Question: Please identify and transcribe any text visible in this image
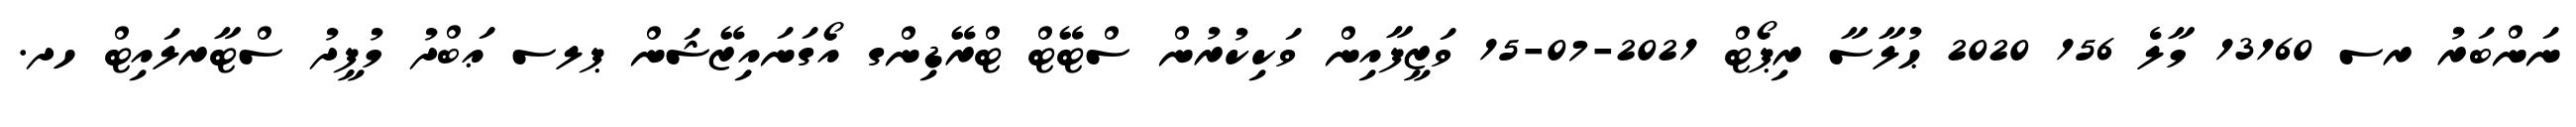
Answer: ނަންބަރު ރސ 13160 މާލެ 156 2020 ޙުލާސާ ރިޕޯޓް 2021-07-15 ވަޒީފާއިން ވަކިކުރުން ސްޓޭޓް ޓްރޭޑިންގ އޯގަނައިޒޭޝަން ޕލސ ޢަބްދު މުފީދު ސްޓާރލައިޓް ހދ.